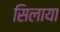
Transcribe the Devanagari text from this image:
सिलाया